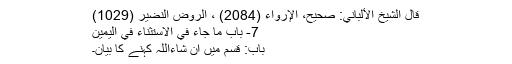
قال الشيخ الألباني: صحيح، الإرواء (2084) ، الروض النضير (1029)
7- باب مَا جَاءَ فِي الاِسْتِثْنَاءِ فِي الْيَمِينِ
باب: قسم میں ان شاءاللہ کہنے کا بیان۔